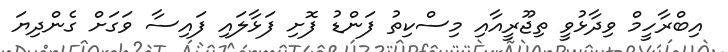
އިބްރާހީމް ވިދާޅުވީ ތިޖޫރީއާއި މިސްކިތު ފަންޑު ފޮށި ފަޅާލައި ފައިސާ ވަގަށް ގެންދިޔަ